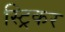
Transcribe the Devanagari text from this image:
स्ट्रिकर